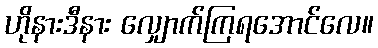
ဟိုနားဒီနား လျှောက်ကြရအောင်လေ။